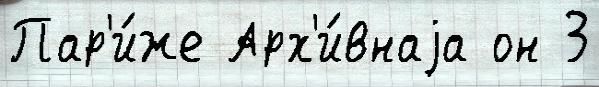
Пар'и́же Арх'и́внаjа он 3